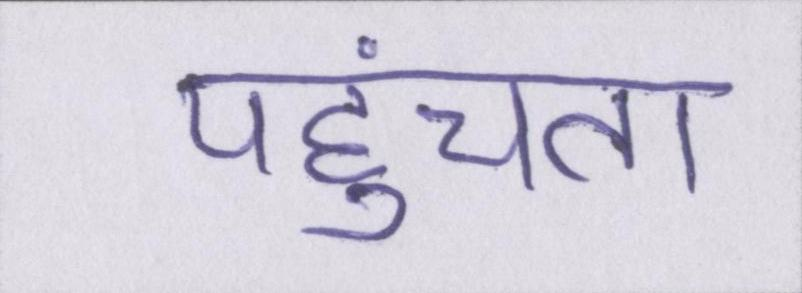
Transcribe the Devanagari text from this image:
पहुंचता